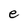
Character: e